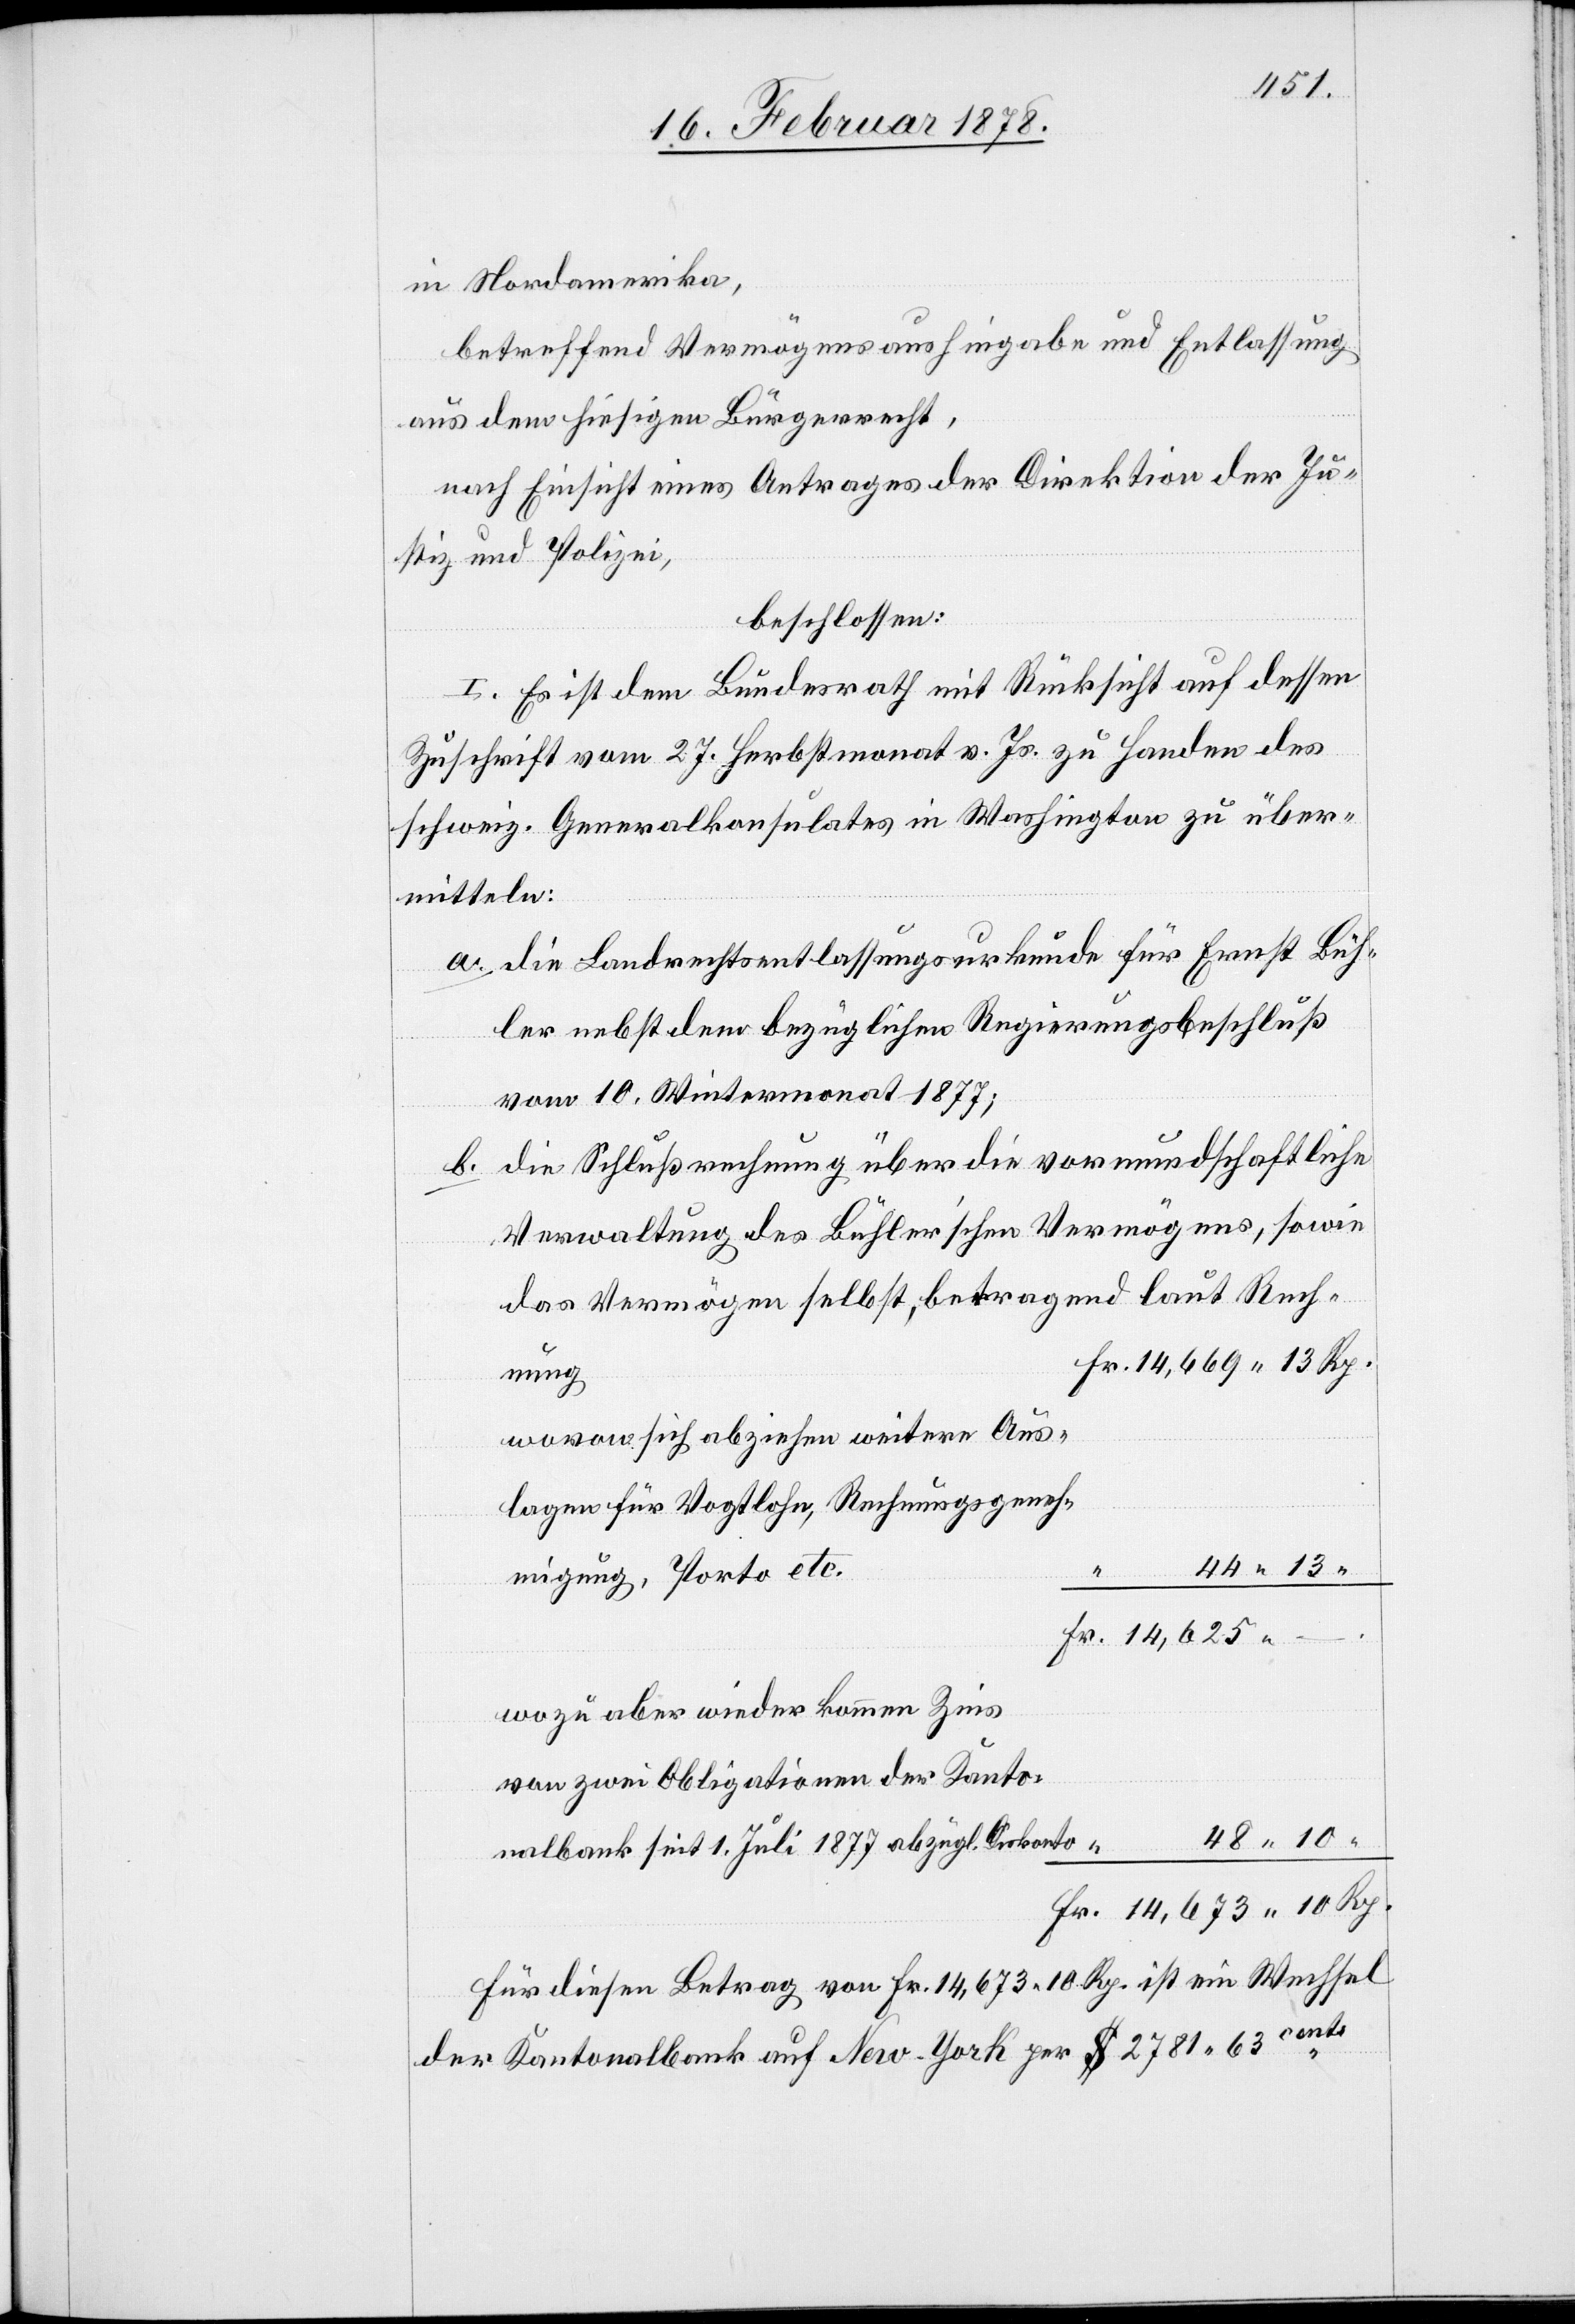
14,673.
betreffend Vermögensaushingabe und Entlassung
aus dem hiesigen Bürgerrecht,
nach Einsicht eines Antrages der Direktion der Ju¬
stiz & Polizei,
beschlossen:
I. Es ist dem Bundesrath mit Rücksicht auf dessen
Zuschrift vom 27. Herbstmonat v. Js. zu Handen des
schweiz. Generalkonsulates in Washington zu über¬
mitteln:
a. die Landrechtsentlassungsurkunde für Ernst Büh¬
ler nebst dem bezüglichen Regierungsbeschluß
vom 10. Wintermonat 1877;
b. die Schlussrechnung über die vormundschaftliche
das Vermögen selbst, betragend laut Rech¬
nung
wovon sich abziehen weitere Aus¬
lagen für Vogtlohn, Rechnungsgeneh¬
44. 13
migung, Porto etc.
wozu aber wieder kaum Zins
von zwei Obligationen der Kanto¬
48. 10
nalbank seit 1. Juli 1877 abzügl. Akonto
Für diesen Betrag von Fr. 14,673. 10 Rp. ist ein Wechsel
der Kantonalbank auf New-York per $ 2781. 63cents